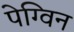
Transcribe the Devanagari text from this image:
पेग्विन